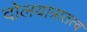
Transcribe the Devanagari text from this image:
दोलयात्रातत्व